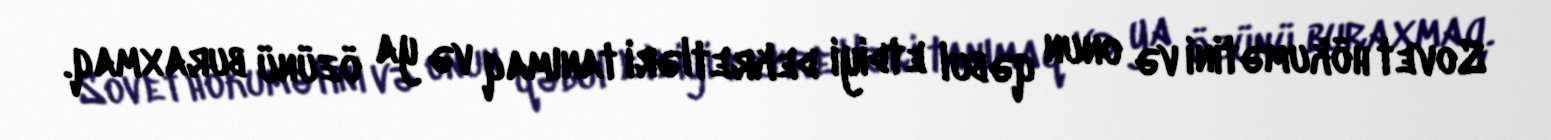
Sovet hökumətini və onun qəbul etdiyi dekretləri tanımaq və ya özünü buraxmaq.